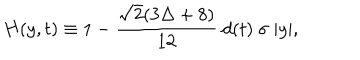
H ( y , t ) \equiv 1 - \frac { \sqrt { 2 } ( 3 \Delta + 8 ) } { 1 2 } \ d ( t ) \ \sigma \ | y | ,